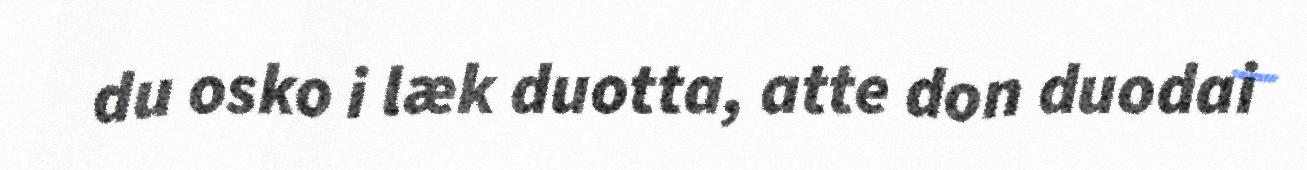
du osko i læk duotta, atte don duodai